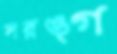
সরঙ্গ